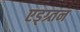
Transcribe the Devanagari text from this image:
एड्ग्र्तन